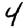
Digit: 4